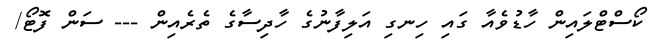
ކޯސްޓްލައިން ހާޑުވެއާ ގައި ހިނގި އަލިފާނުގެ ހާދިސާގެ ތެރެއިން --- ސަން ފޮޓޯ/